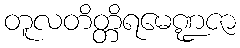
တူလတိတ္တိရမေဏ္ဍဇာ